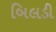
બિલડી